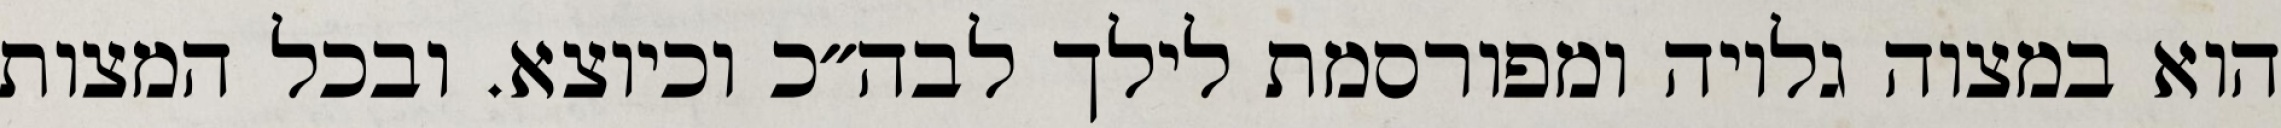
הוא במצוה גלויה ומפורסמת לילך לבה״כ וכיוצא. ובכל המצות